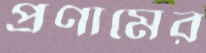
প্রণামের